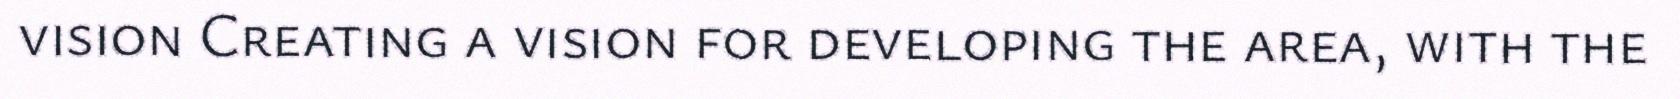
vision Creating a vision for developing the area, with the